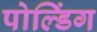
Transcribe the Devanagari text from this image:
पोल्डिंग